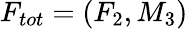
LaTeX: F_{tot}=(F_{2},M_{3})